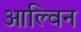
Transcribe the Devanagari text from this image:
आल्विन